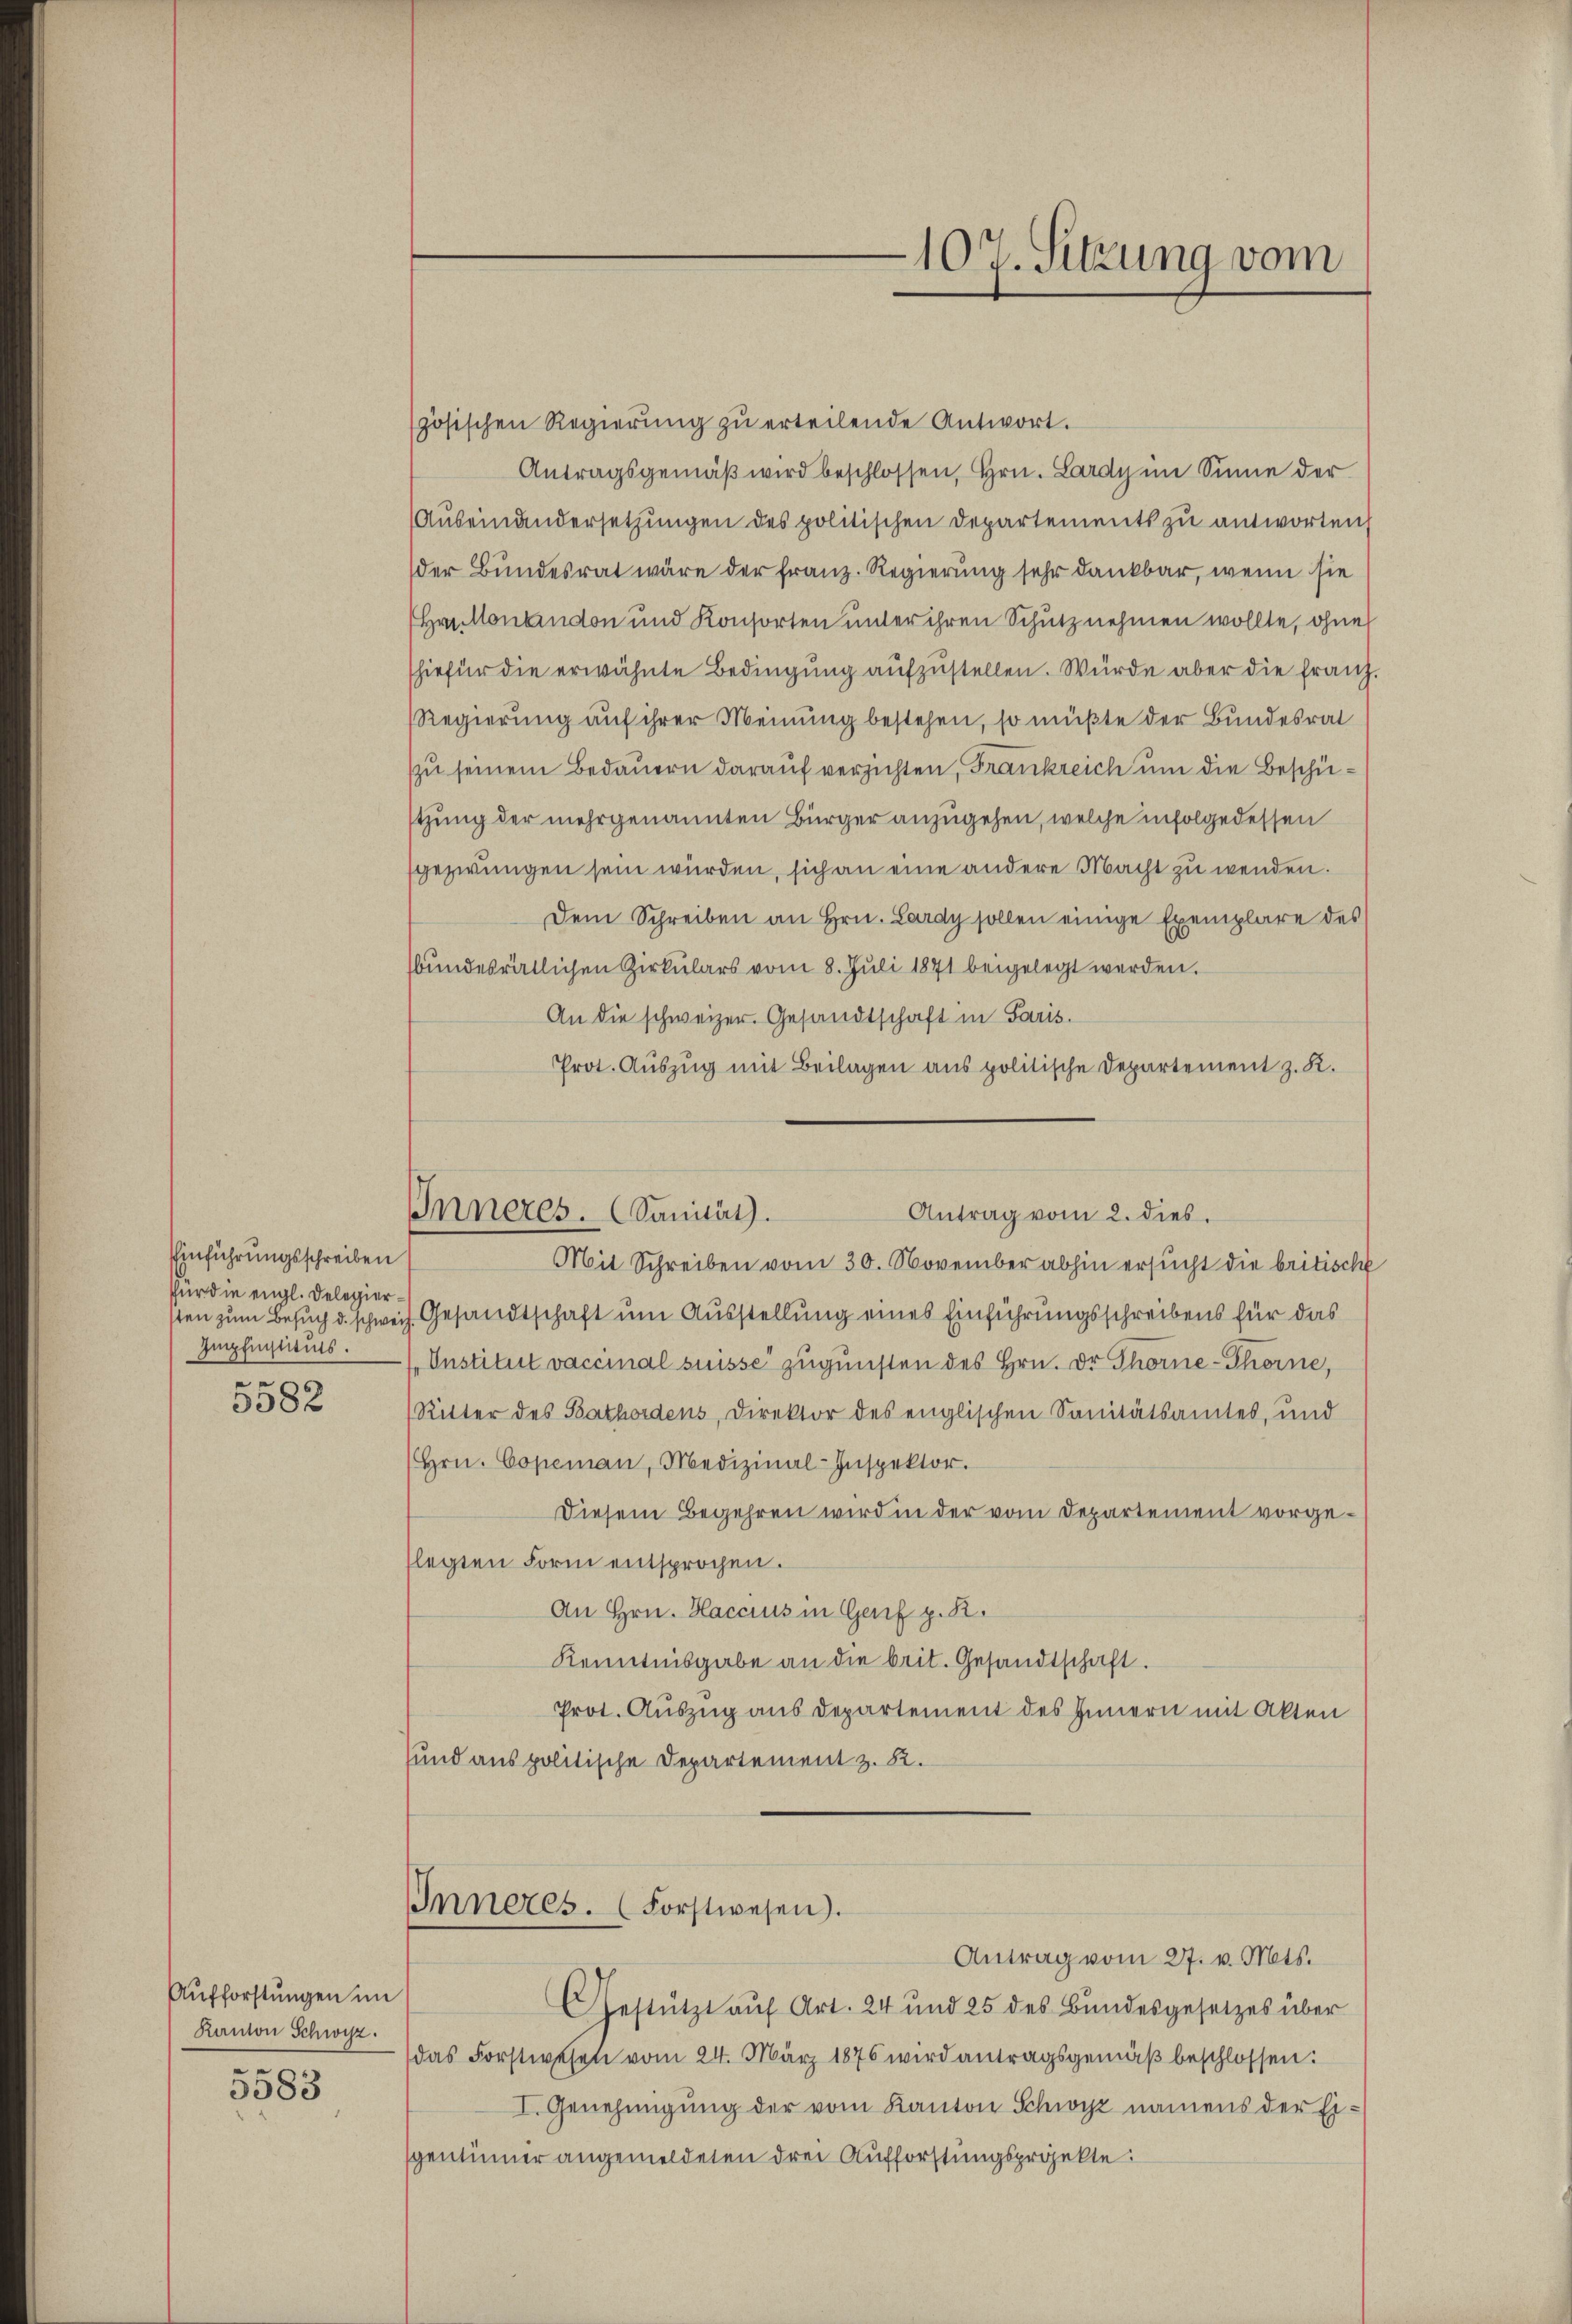
Einführungsschreiben
für die engl. Delegierer

5582

Aufforstungen im
Ranton Schwisz.
5583

107. Sitzung vom

Inneres. Sanität.
Antrag vom 2. dies.

zösischen Regierŭng zŭ erteilende Antwort.
Antragsgemäβ wird beschlossen, Hrn. Lardy im Sinne der
Auseinandersetzungen des politischen Departements zu antworten
der Bundesrat wäre der Franz. Regierung sehr dankbar, wenn sie
Hrn Montandon und Konsorten unter ihren Schutz nehmen wollte, ohne
hiefür die erwähnte Bedingŭng aŭfzŭstellen. Würde aber die Franz
Regierung auf ihrer Meinung bestehen, so müßte der Bundesrat
zu seinem Bedauern darauf verzichten, Frankreich um die Beschützung der mehrgenannten Bürger anzugehen, welche infolge dessen
gezwungen sein würden, sich an eine andere Macht zu wenden.
Dem Schreiben an Hrn. Lardy sollen einige Exemplare des
bŭndesrätlichen Zirkŭlars vom 8. Jŭli 1871 beigelegt werden.
An die schweizer Gesandtschaft in Paris.
Prot. Auszug mit Beilagen aus politische Departement z. R.
Mit Schreiben vom 30. November abhin ersucht die britische
sten zum Besuch d. schweiz. Gesandtschaft um Ausstellung eines Einführungsschreibens für das
Impfinstituts Institut vaccinal suisse zugunsten des Hrn. Dr Thorne-Thorne,
Ritter des Bathordens, Direktor des englischen Sanitätsamtes, und
(Hrn. Copeman, Medizinal-Inspektor.
Diesem Begehren wird in der vom Departement vorgeflegten Form entsprochen.
An Hrn. Haccius in Genf z. B.
Kenntnisgabe an die beit. Gesandtschaft.
Prot. Auszug aus Departement des Innern mit Akten
sund aus politische Departement z. B.
Inneres. (Forstwesen.
Antrag vom 27. v. Mts.
GGestützt aŭf Art. 24 und 25 des Bundesgesetzes über
das Forstwesen vom 24. März 1876 wird antragsgemäβ beschlossen:
I. Genehmigung der vom Kanton Schwyz namens der Eigentümer angemeldeten drei Aufforstungsprojekte.